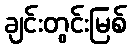
ချင်းတွင်းမြစ်